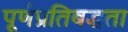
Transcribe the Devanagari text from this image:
पूर्णप्रतिबद्धता